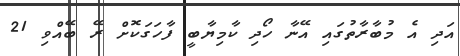
އަދި އެ މުބާރާތުގައި އޭނާ ހޯދި ކާމިޔާބީ ފާހަގަކޮށް ރޭ ބޭއްވި 21